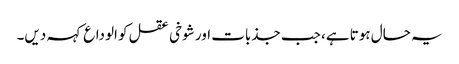
یہ حال ہوتا ہے، جب جذبات اور شوخی عقل کو الوداع کہہ دیں۔